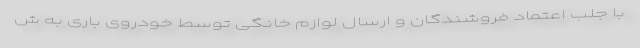
با جلب اعتماد فروشندگان و ارسال لوازم خانگی توسط خودروی باری به ش